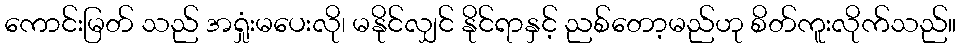
ကောင်းမြတ် သည် အရှုံးမပေးလို၊ မနိုင်လျှင် နိုင်ရာနှင့် ညစ်တော့မည်ဟု စိတ်ကူးလိုက်သည်။